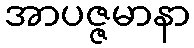
အာပဇ္ဇမာနာ